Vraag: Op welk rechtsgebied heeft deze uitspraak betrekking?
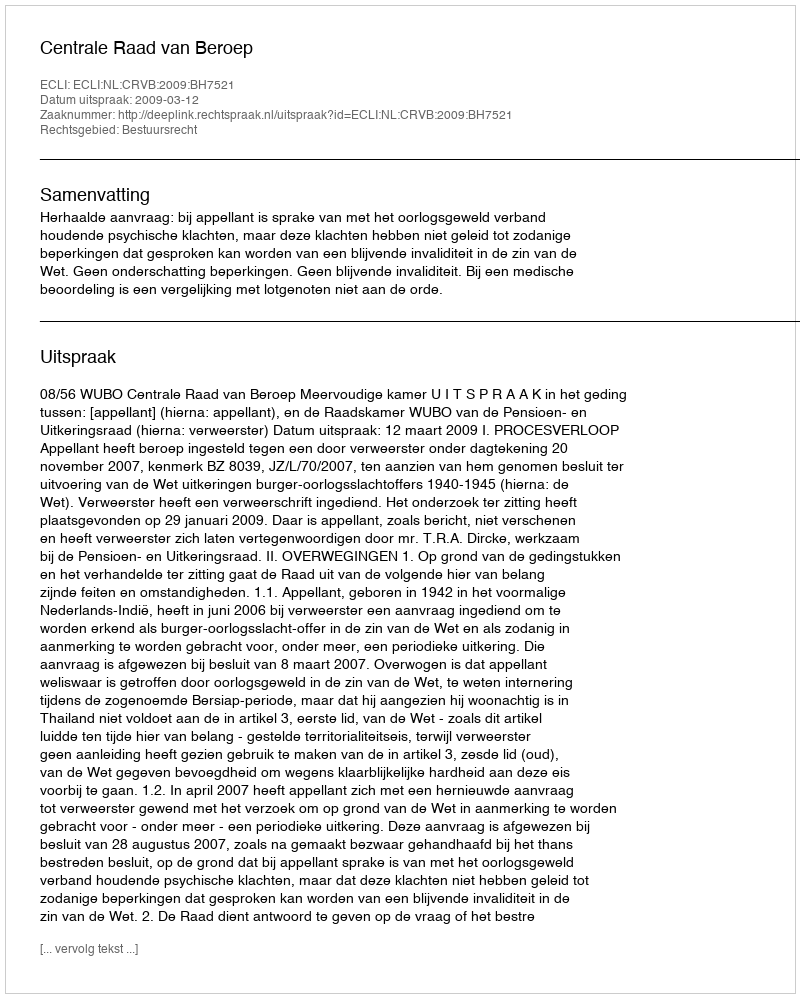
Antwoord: Bestuursrecht